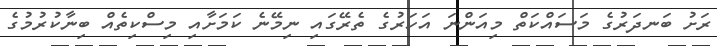
ރަށު ބަނދަރުގެ މަސައްކަތް މިއަންނަ އަހަރުގެ ތެރޭގައި ނިމޭނެ ކަމަށާއި މިސްކިތެއް ބިނާކުރުމުގެ